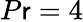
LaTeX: P\mathsf{r}=4